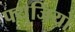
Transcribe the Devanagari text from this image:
फ्युजियो